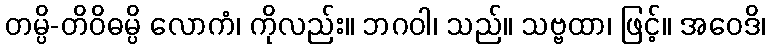
တမ္ပိ-တိဝိဓမ္ပိ လောကံ၊ ကိုလည်း။ ဘဂဝါ၊ သည်။ သဗ္ဗထာ၊ ဖြင့်။ အဝေဒိ၊